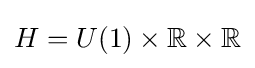
H=U(1)\times \mathbb {R} \times \mathbb {R}